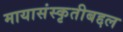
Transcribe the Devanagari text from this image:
मायासंस्कृतीबद्दल